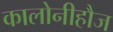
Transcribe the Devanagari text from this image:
कालोनीहौज